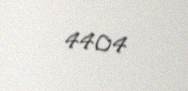
4404